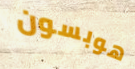
هوبسون